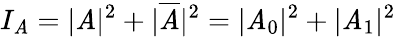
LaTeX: I_{\mathit{A}}=|\mathit{A}|^{2}+|\overline{{{\mathit{A}}}}|^{2}=|\mathit{A}_{0}|^{2}+|\mathit{A}_{1}|^{2}